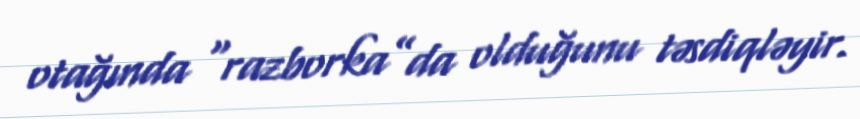
otağında “razborka”da olduğunu təsdiqləyir.